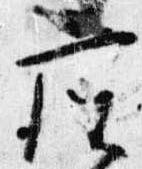
座